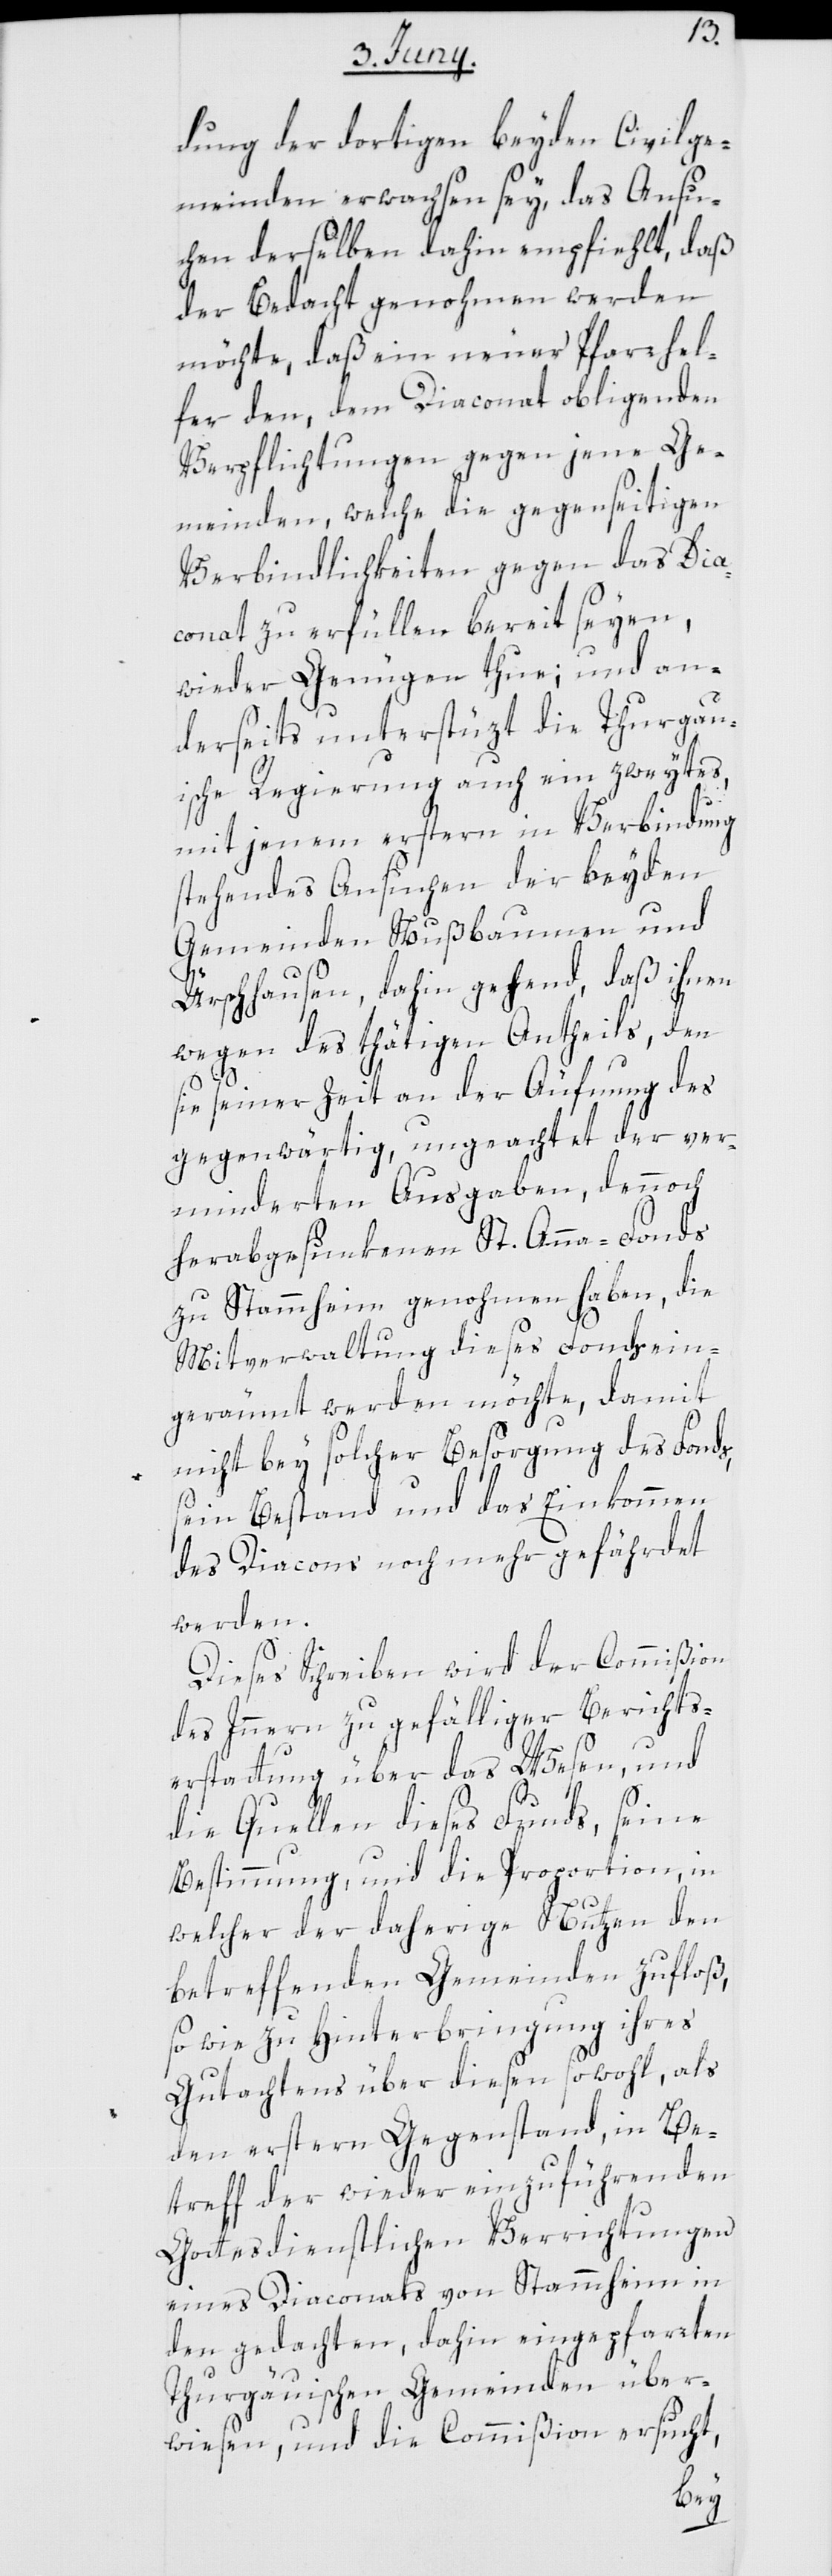
dung der dortigen beyden Civilge¬
meinden erwachsen sey, das Ansu¬
chen derselben dahin empfiehlt, daß
der Bedacht genohmen werden
möchte, daß ein neuer Pfarrhel¬
fer den, dem Diaconat obligenden
Verpflichtungen gegen jene Ge¬
meinden, welche die gegenseitigen
Verbindlichkeiten gegen das Dia¬
conat zu erfüllen bereit seyen,
wieder Genügen thue; und an¬
derseits unterstüzt die Thurgau¬
ische Regierung auch ein zweytes,
mit jenem erstern in Verbindung
stehendes Ansuchen der beyden
Gemeinden Nußbaumen und
Ürschhausen, dahin gehend, daß ihnen
wegen des thätigen Antheils, den
sie seiner Zeit an der Äufnung des
gegenwärtig, ungeachtet der ver¬
minderten Ausgaben, dennoch
herabgesunkenen St. Anna-Fonds
zu Stammheim genohmen haben, die
Mitverwaltung dieses Fonds ein¬
geräumt werden möchte, damit
nicht bey solcher Besorgung des Fonds,
sein Bestand und das Einkommen
des Diacons noch mehr gefährdet
werden.
Dieses Schreiben wird der Commißion
des Innern zu gefälliger Berichts¬
erstattung über das Wesen und
die Quellen dieses Fonds, seine
Bestimmung und die Proportion, in
welcher der daherige Nutzen den
betreffenden Gemeinden zufloß,
so wie zu Hinterbringung ihres
Gutachtens über diesen sowohl, als
den erstern Gegenstand, in Be¬
treff der wieder einzuführenden
Gottesdienstlichen Verrichtungen
eines Diaconats von Stammheim in
den gedachten, dahin eingepfarrten
Thurgäuischen Gemeinden über¬
wiesen, und die Commißion ersucht,